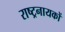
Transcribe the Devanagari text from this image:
राष्ट्रनायकों